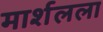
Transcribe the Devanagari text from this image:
मार्शलला